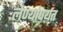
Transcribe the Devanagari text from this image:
लेण्यांपर्यत